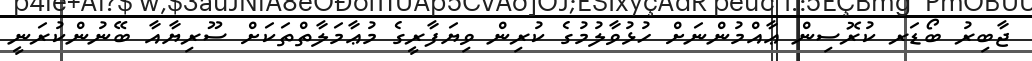
ޖާބިރު ބޯޑަރ ކުރޮސިން ޢާއްމުންނަށް ހުޅުވާލުމުގެ ކުރިން ވިޔަފާރީގެ މުޢާމަލާތްތަކަށް ސޫރިޔާއާ ބޭނުންކުރަނީ